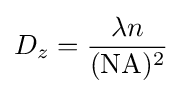
D_{z}={\frac {\lambda n}{(\mathrm {NA} )^{2}}}